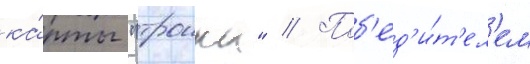
ка́рты "троика" // Поб'ед'и́т'ел'ем